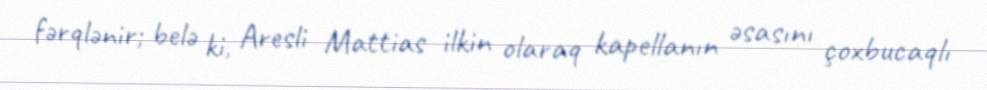
fərqlənir; belə ki, Aresli Mattias ilkin olaraq kapellanın əsasını çoxbucaqlı